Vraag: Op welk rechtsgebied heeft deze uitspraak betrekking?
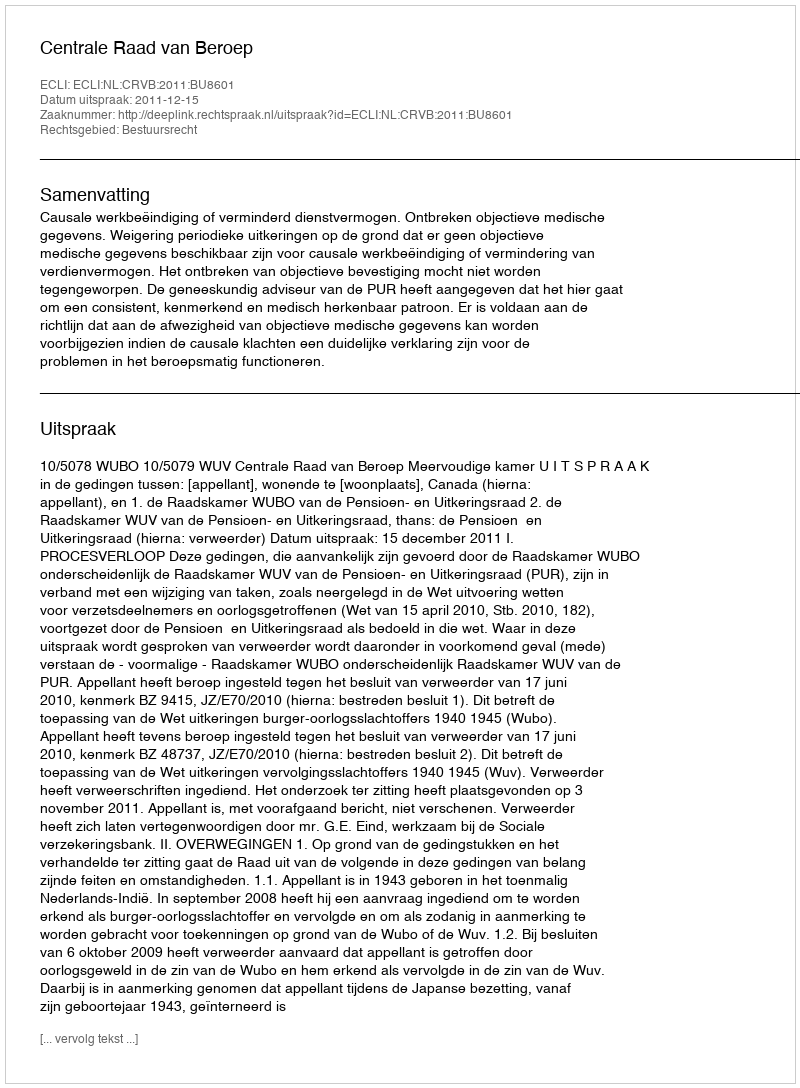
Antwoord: Bestuursrecht